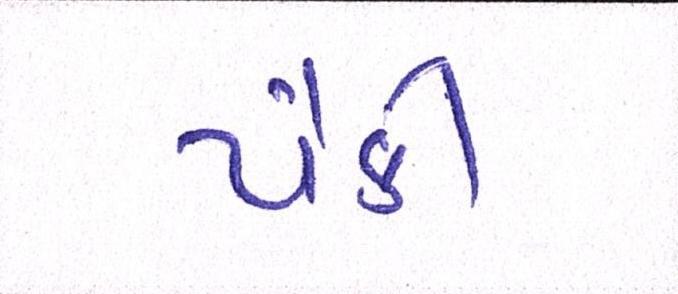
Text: પૈકી